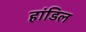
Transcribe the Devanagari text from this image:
हांडिल